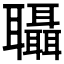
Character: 𮌀